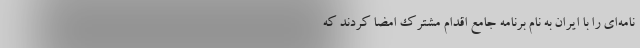
نامه‌ای را با ایران به نام برنامه جامع اقدام مشترک امضا کردند که